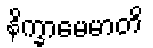
နိက္ခာမေမာတိ